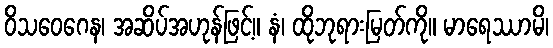
ဝိသဝေဂေန၊ အဆိပ်အဟုန်ဖြင့်။ နံ၊ ထိုဘုရားမြတ်ကို။ မာရေဿာမိ၊